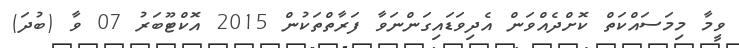
ވީމާ މިމަސައްކަތް ކޮށްދެއްވަން އެދިވަޑައިގަންނަވާ ފަރާތްތަކުން 2015 އޮކްޓޫބަރު 07 ވާ (ބުދަ)